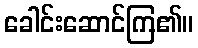
ခေါင်းဆောင်ကြ၏။